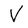
Character: V